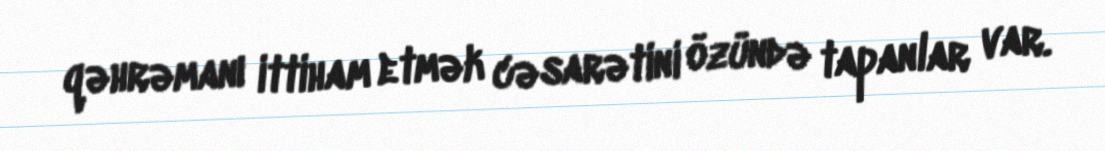
qəhrəmanı ittiham etmək cəsarətini özündə tapanlar var.